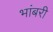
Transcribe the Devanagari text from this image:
भांबरी